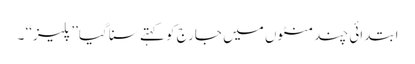
ابتدائی چند منٹوں میں جارج کو کہتے سنا گیا’’ پلیز‘‘ ۔